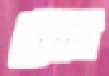
গুছো